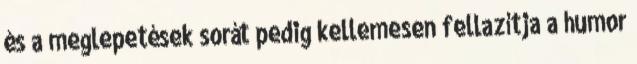
és a meglepetések sorát pedig kellemesen fellazítja a humor